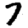
Digit: 7